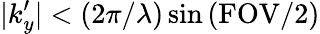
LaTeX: |k_{y}^{\prime}|<(2\pi/\lambda)\sin{(\mathrm{FOV/2)}}